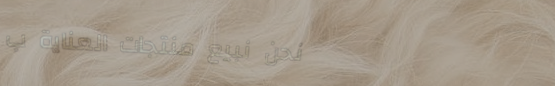
نحن نبيع منتجات العناية ب